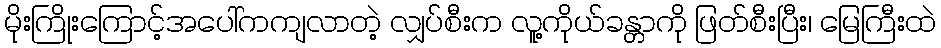
မိုးကြိုးကြောင့်အပေါ်ကကျလာတဲ့ လျှပ်စီးက လူ့ကိုယ်ခန္တာကို ဖြတ်စီးပြီး၊ မြေကြီးထဲ